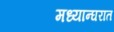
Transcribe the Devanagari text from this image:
मध्यान्घरात